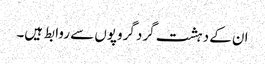
ان کے دہشت گرد گروپوں سے روابط ہیں۔